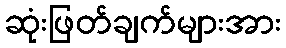
ဆုံးဖြတ်ချက်များအား